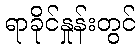
ရာခိုင်နှုန်းတွင်